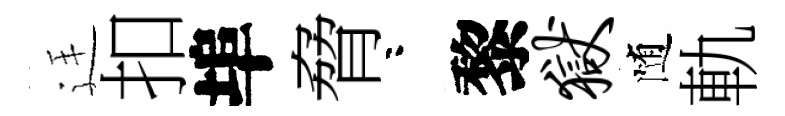
廷扣埠脅咯黎狱随軌